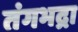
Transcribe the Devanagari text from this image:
तंगभद्रा